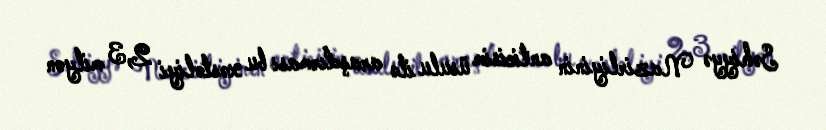
Səhiyyə Nazirliyinin anticisim üsulu ilə araşdırması bu xəstəliyi 2,3 milyon